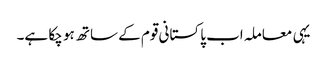
یہی معاملہ اب پاکستانی قوم کے ساتھ ہو چکا ہے۔